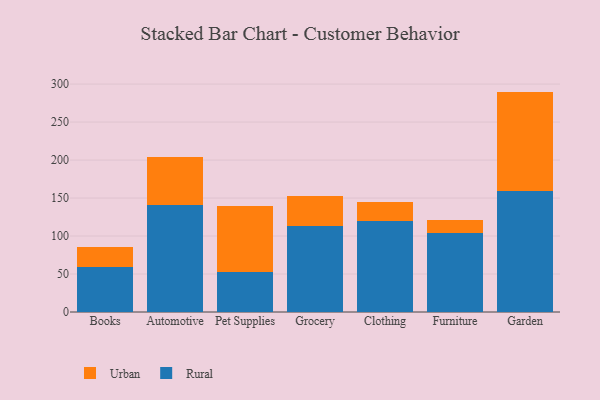
{"axis": {"x": "Category", "y": "Energy Usage (MWh)"}, "legend": ["Rural", "Urban"], "data": [{"x": "Books", "y": 59.2, "type": "Rural"}, {"x": "Books", "y": 26.9, "type": "Urban"}, {"x": "Automotive", "y": 141.1, "type": "Rural"}, {"x": "Automotive", "y": 62.4, "type": "Urban"}, {"x": "Pet Supplies", "y": 52.1, "type": "Rural"}, {"x": "Pet Supplies", "y": 87.6, "type": "Urban"}, {"x": "Grocery", "y": 113.0, "type": "Rural"}, {"x": "Grocery", "y": 40.0, "type": "Urban"}, {"x": "Clothing", "y": 119.4, "type": "Rural"}, {"x": "Clothing", "y": 25.7, "type": "Urban"}, {"x": "Furniture", "y": 103.9, "type": "Rural"}, {"x": "Furniture", "y": 17.4, "type": "Urban"}, {"x": "Garden", "y": 159.6, "type": "Rural"}, {"x": "Garden", "y": 130.5, "type": "Urban"}]}